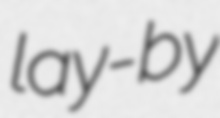
lay-by